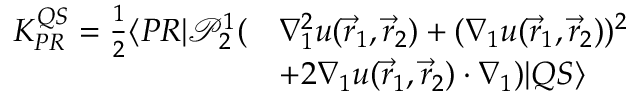
\begin{array} { r l } { K _ { P R } ^ { Q S } = \frac { 1 } { 2 } \langle { P R } | \mathcal P _ { 2 } ^ { 1 } ( } & { \nabla _ { 1 } ^ { 2 } u ( \vec { r } _ { 1 } , \vec { r } _ { 2 } ) + ( \nabla _ { 1 } u ( \vec { r } _ { 1 } , \vec { r } _ { 2 } ) ) ^ { 2 } } \\ & { + 2 \nabla _ { 1 } u ( \vec { r } _ { 1 } , \vec { r } _ { 2 } ) \cdot \nabla _ { 1 } ) | { Q S } \rangle } \end{array}